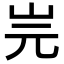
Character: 𡵧